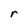
Character: r